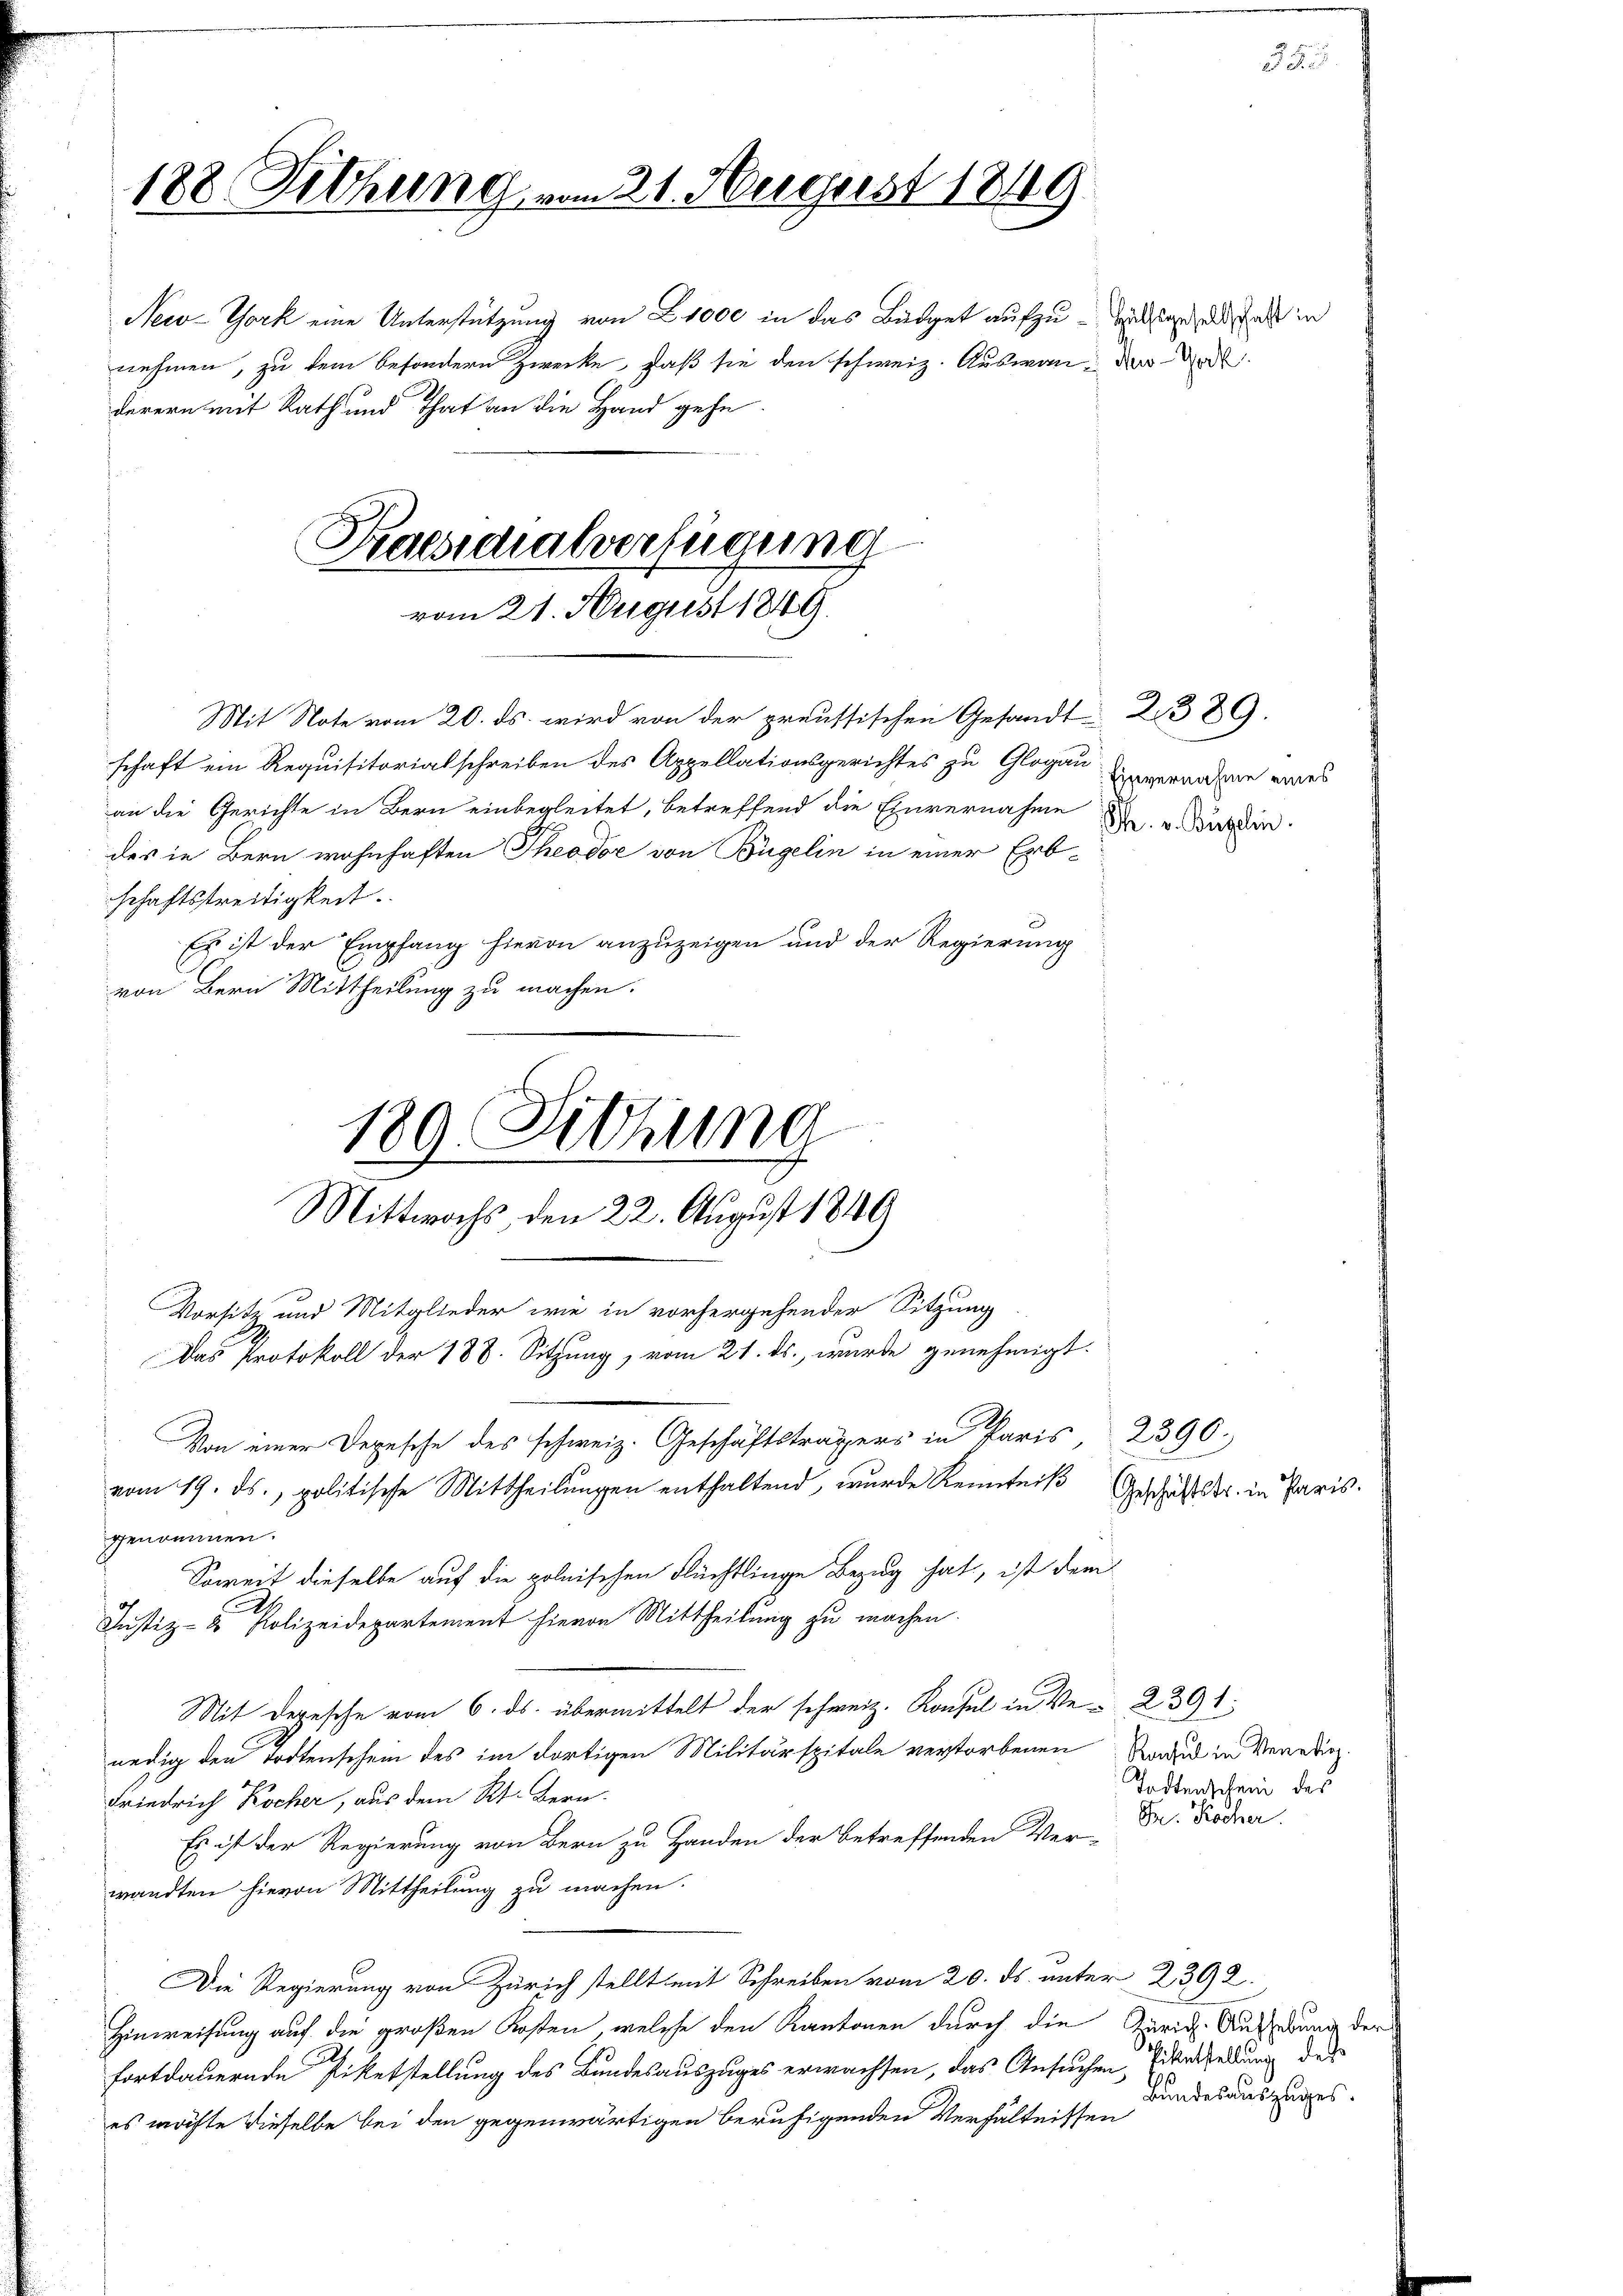
188 Sitzung vom 21. Negerst 1849

New-York eine Unterstützung von Z. 1000 in das Büdget aufzu-willige und als in
nehmen, zu dem besondern Zwecke, daß sie den schweiz. Auswan, der d
derern mit Rath und That an die Hand gehe.

Praesidialverfügung
vom 21. August 1849.

Mit Note vom 20. ds. wird von der preussischen Gesandt 2. 389.
schaft ein Requisitorialschreiben des Appellationsgerichtes zu Glogau
schaftsstreitigkeit.
Es ist der Empfang hievon anzuzeigen und der Regierung
Justiz- & Polizeidepartement hievon Mittheilung zu machen.
Mit Depesche vom 6. ds. übermittelt der schweiz. Konsul in Ver- 2391
nedig den Todtenschein des im dortigen Militärspitale verstorbenen Tage in Venedig
Friedrich Kocher, aus dem Kt. Bern.
Es ist der Regierung von Bern zu Handen der betreffenden Ver-
wandten hievon Mittheilung zu machen.
Die Regierung von Zürich stellt mit Schreiben vom 20. ds. unter 2392.
Hinweisung auf die großen Kosten, welche den Kantonen durch die Zürich. Außerung der
fortdauernde Riketstellung des Bundesauszuges erwachsen, das Ansuchen Siverstellung des
es möchte dieselbe bei den gegenwärtigen beruhigenden Verhältnissen

von Bern Mittheilung zu machen.

189. Sitzung
Mittwochs, den 22. August 1849
Vorsitz und Mitglieder wie in vorhergehender Sitzung
Das Protokoll der 188. Sitzung, vom 21. ds. wurde genehmigt.
Von einer Depesche des schweiz. Geschäftsträgers in Paris, 2390.
vom 19. ds., politische Mittheilungen enthaltend, wurde Kenntniß
genommen.
Soweit dieselbe auf die polnischen Flüchtlinge Bezug hat, ist dem

an die Gerichte in Bern einbegleitet, betreffend die Einvernahme
des in Bern wohnhaften Theodor von Bügelin in einer Erb¬

: Einvernahme eines
Th. v. Bügelin.

Geschäftstr. in Paris.

Todtenschen des
Dr. Kocher.

Bundesauszuges.